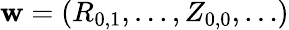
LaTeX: \mathbf{w}=(R_{0,1},\ldots,Z_{0,0},\ldots)